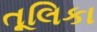
તૂલિકા